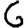
Digit: 6